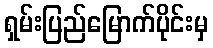
ရှမ်းပြည်မြောက်ပိုင်းမှ